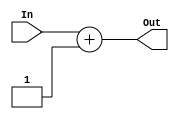
// Submodule: Verilog code for Adder and MUXs
module adder( input [7:0] In,
      output [7:0] Out
    );

assign Out = In + 1;

endmodule